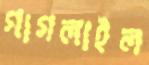
গাগলাইল